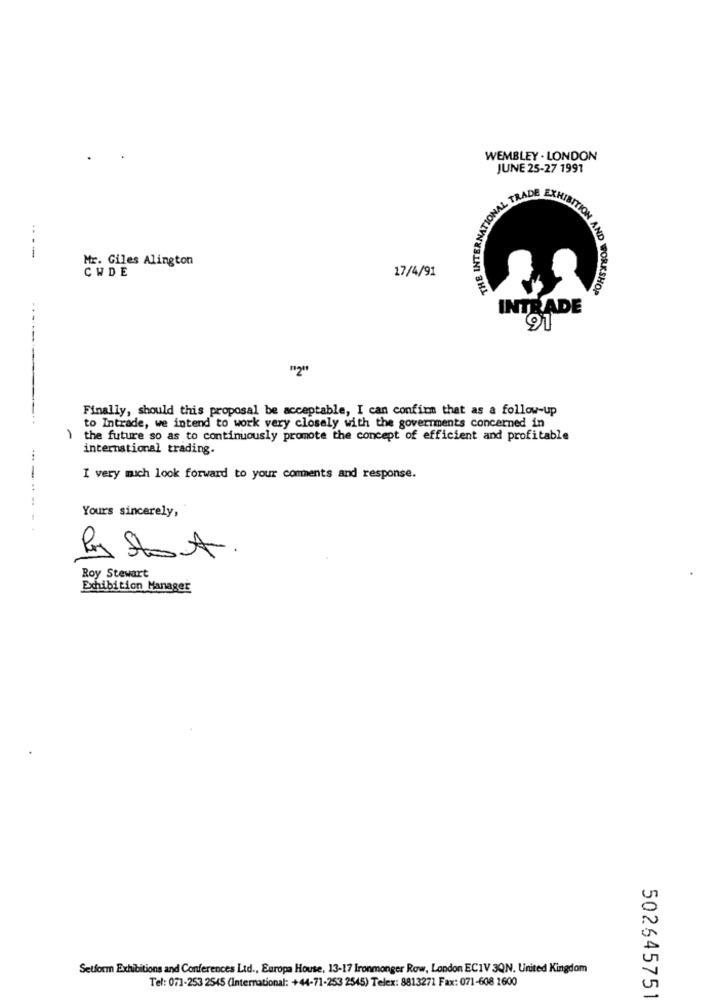
WEMBLEY . LONDON
JUNE 25-27 1991
THE INTER
Mr. Giles Alington
CWDE
17/4/91
AND WORKSHOP
INTRADE
91
---
"2"
Finally, should this proposal be acceptable, I can confirm that as a follow-up
to Intrade, we intend to work very closely with the governments concerned in
) the future so as to continuously promote the concept of efficient and profitable
international trading.
I very mich look forward to your comments and response.
Yours sincerely,
Roy Stewart
Exhibition Manager
U
0
Setform Exhibitions and Conferences Ltd ., Europa House, 13-17 Ironmonger Row, London ECIV 3QN. United Kingdom
Tel: 071-253 2545 (International: +44-71-253 2545) Telex: 8813271 Fax: 071-608 1600
50264575